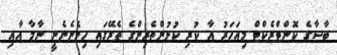
ބާސާގެ ކޮންޓްރެކްޓް މިއަހަރު އާ ކުރި ކުޅުންތެރިންގެ ތެރޭގައި ހިމެނެނެނީ ނާމާ އާއި